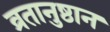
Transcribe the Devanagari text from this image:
व्रतानुष्ठान